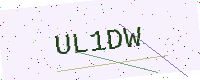
Text: UL1DW